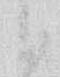
候